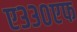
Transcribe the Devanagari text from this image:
ए३३०एफ